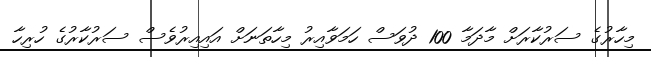
މިހާރުގެ ސަރުކާރަށް މާދަމާ 100 ދުވަސް ހަމަވާއިރު މިހާތަނަށް އައިއިރުވެސް ސަރުކާރުގެ ހުރިހާ